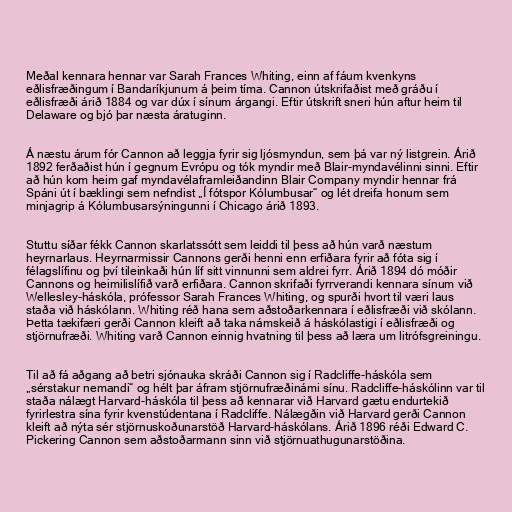
Meðal kennara hennar var Sarah Frances Whiting, einn af fáum kvenkyns
eðlisfræðingum í Bandaríkjunum á þeim tíma. Cannon útskrifaðist með gráðu í
eðlisfræði árið 1884 og var dúx í sínum árgangi. Eftir útskrift sneri hún aftur heim til
Delaware og bjó þar næsta áratuginn.

Á næstu árum fór Cannon að leggja fyrir sig ljósmyndun, sem þá var ný listgrein. Árið
1892 ferðaðist hún í gegnum Evrópu og tók myndir með Blair-myndavélinni sinni. Eftir
að hún kom heim gaf myndavélaframleiðandinn Blair Company myndir hennar frá
Spáni út í bæklingi sem nefndist „Í fótspor Kólumbusar“ og lét dreifa honum sem
minjagrip á Kólumbusarsýningunni í Chicago árið 1893.

Stuttu síðar fékk Cannon skarlatssótt sem leiddi til þess að hún varð næstum
heyrnarlaus. Heyrnarmissir Cannons gerði henni enn erfiðara fyrir að fóta sig í
félagslífinu og því tileinkaði hún líf sitt vinnunni sem aldrei fyrr. Árið 1894 dó móðir
Cannons og heimilislífið varð erfiðara. Cannon skrifaði fyrrverandi kennara sínum við
Wellesley-háskóla, prófessor Sarah Frances Whiting, og spurði hvort til væri laus
staða við háskólann. Whiting réð hana sem aðstoðarkennara í eðlisfræði við skólann.
Þetta tækifæri gerði Cannon kleift að taka námskeið á háskólastigi í eðlisfræði og
stjörnufræði. Whiting varð Cannon einnig hvatning til þess að læra um litrófsgreiningu.

Til að fá aðgang að betri sjónauka skráði Cannon sig í Radcliffe-háskóla sem
„sérstakur nemandi“ og hélt þar áfram stjörnufræðinámi sínu. Radcliffe-háskólinn var til
staða nálægt Harvard-háskóla til þess að kennarar við Harvard gætu endurtekið
fyrirlestra sína fyrir kvenstúdentana í Radcliffe. Nálægðin við Harvard gerði Cannon
kleift að nýta sér stjörnuskoðunarstöð Harvard-háskólans. Árið 1896 réði Edward C.
Pickering Cannon sem aðstoðarmann sinn við stjörnuathugunarstöðina.